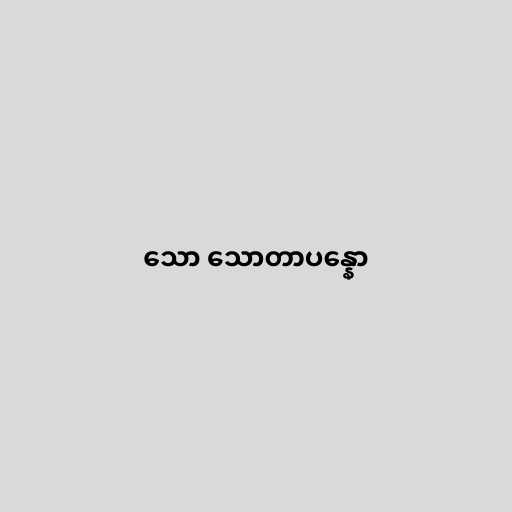
သော သောတာပန္နော